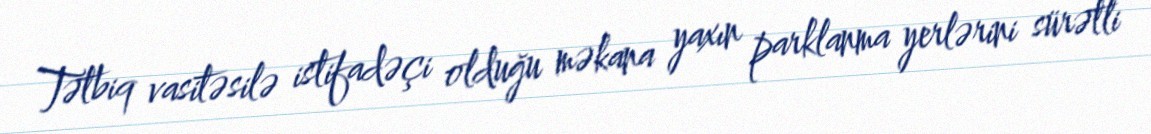
Tətbiq vasitəsilə istifadəçi olduğu məkana yaxın parklanma yerlərini sürətli